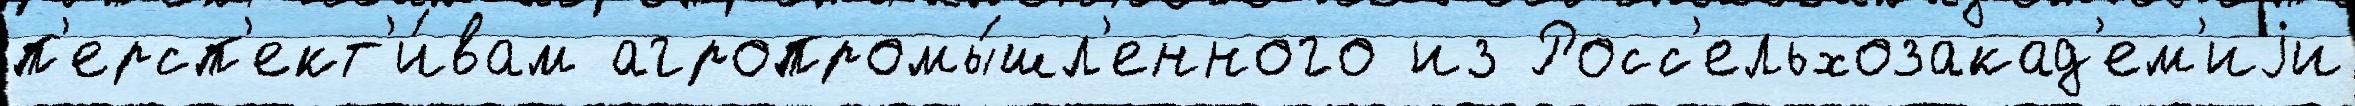
п'ерсп'ект'и́вам агропромы́шл'енного из Росс'ельхозакад'ем'иjи